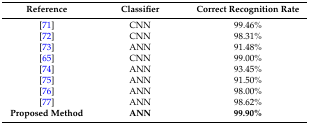
<table><thead><tr><td><b>Reference</b></td><td><b>Classifier</b></td><td><b>Correct Recognition Rate</b></td></tr></thead><tbody><tr><td>[71]</td><td>CNN</td><td>99.46%</td></tr><tr><td>[72]</td><td>CNN</td><td>98.31%</td></tr><tr><td>[73]</td><td>ANN</td><td>91.48%</td></tr><tr><td>[65]</td><td>CNN</td><td>99.00%</td></tr><tr><td>[74]</td><td>ANN</td><td>93.45%</td></tr><tr><td>[75]</td><td>ANN</td><td>91.50%</td></tr><tr><td>[76]</td><td>ANN</td><td>98.00%</td></tr><tr><td>[77]</td><td>ANN</td><td>98.62%</td></tr><tr><td><b>Proposed Method</b></td><td><b>ANN</b></td><td><b>99.90%</b></td></tr></tbody></table>